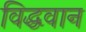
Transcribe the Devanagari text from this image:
विद्धवान